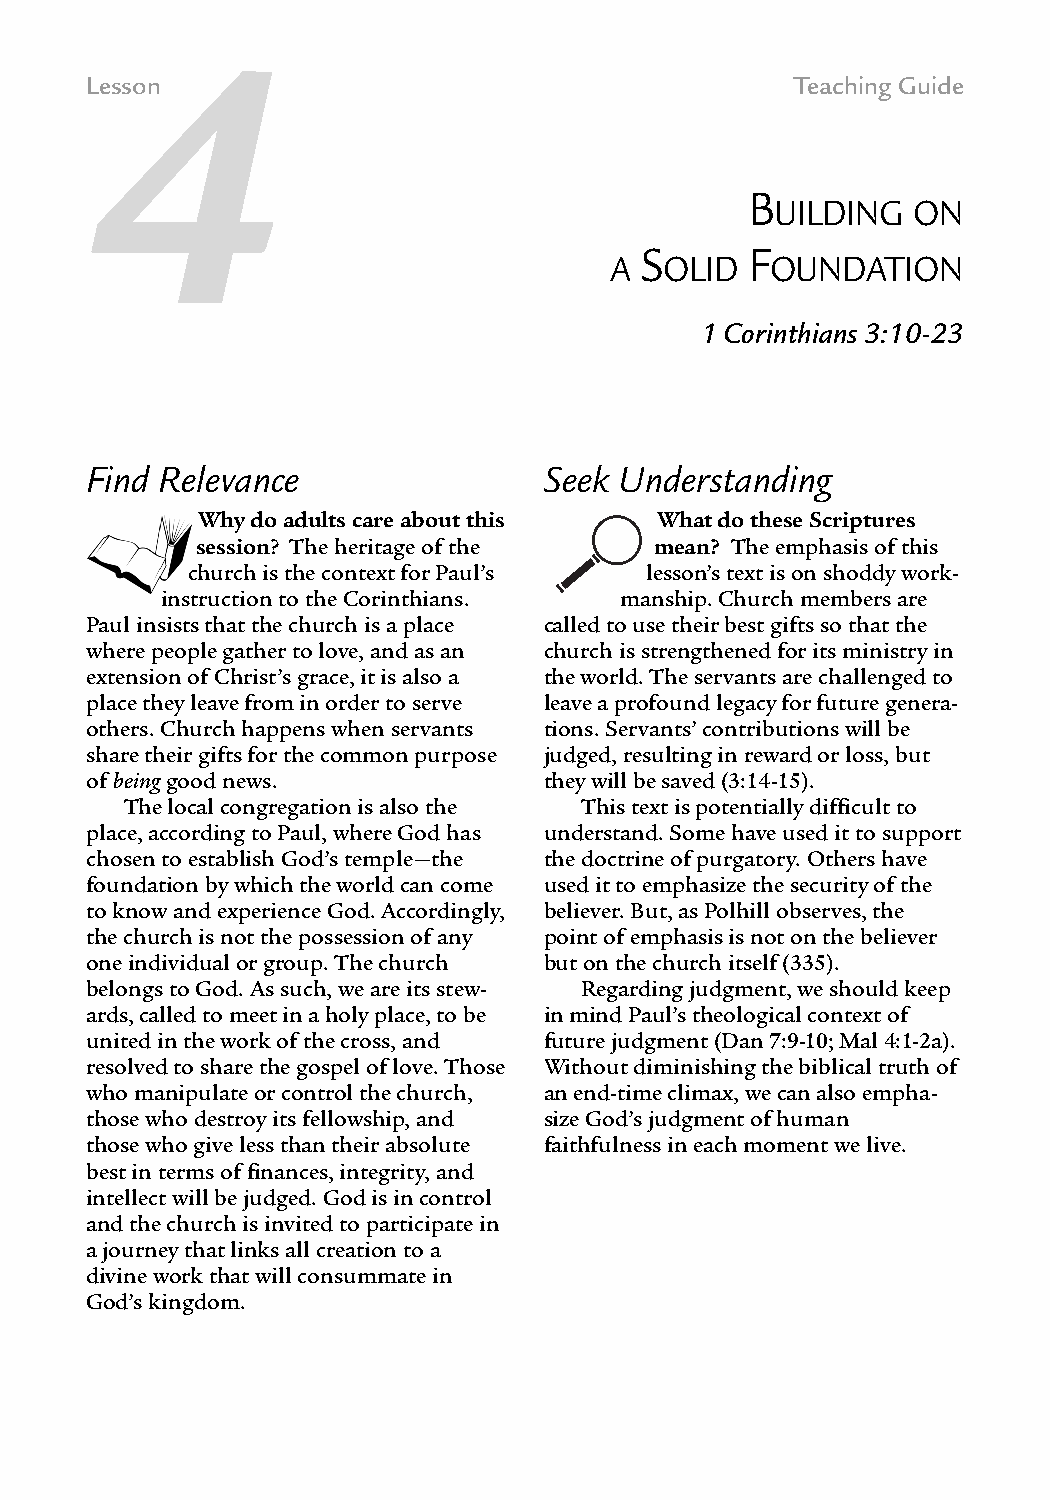
4
 Lesson                                         Teaching Guide
 B
 UILDING  ON
 S       F
 A   OLID   OUNDATION
 1 Corinthians 3:10-23
 Find Relevance                Seek Understanding
 Why do adults care about this What do these Scriptures
 session? The heritage of the  mean? The emphasis of this
 church is the context for Paul’s lesson’s text is on shoddy work-
 instruction to the Corinthians. manship. Church members are
 Paul insists that the church is a place called to use their best gifts so that the
 where people gather to love, and as an church is strengthened for its ministry in
 extension of Christ’s grace, it is also a the world. The servants are challenged to
 place they leave from in order to serve leave a profound legacy for future genera-
 others. Church happens when servants tions. Servants’ contributions will be
 share their gifts for the common purpose judged, resulting in reward or loss, but
 of beinggood news.            they will be saved (3:14-15).
 The local congregation is also the This text is potentially difficult to
 place, according to Paul, where God has understand. Some have used it to support
 chosen to establish God’s temple—the the doctrine of purgatory. Others have
 foundation by which the world can come used it to emphasize the security of the
 to know and experience God. Accordingly, believer. But, as Polhill observes, the
 the church is not the possession of any point of emphasis is not on the believer
 one individual or group. The church but on the church itself (335).
 belongs to God. As such, we are its stew- Regarding judgment, we should keep
 ards, called to meet in a holy place, to be in mind Paul’s theological context of
 united in the work of the cross, and future judgment (Dan 7:9-10; Mal 4:1-2a).
 resolved to share the gospel of love. Those Without diminishing the biblical truth of
 who manipulate or control the church, an end-time climax, we can also empha-
 those who destroy its fellowship, and size God’s judgment of human
 those who give less than their absolute faithfulness in each moment we live.
 best in terms of finances, integrity, and
 intellect will be judged. God is in control
 and the church is invited to participate in
 a journey that links all creation to a
 divine work that will consummate in
 God’s kingdom.